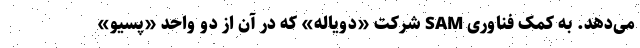
می‌دهد. به کمک فناوری SAM شرکت «دویاله» که در آن از دو واحد «پسیو»